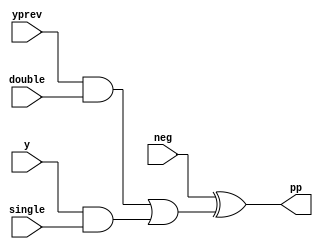
module product(output pp, input yprev, y, single, double, neg);//Area:5

wire [2:0] k;

and #0.1 and0(k[0],y,single);
and #0.1 and1(k[1],yprev,double);
or #0.1 or1(k[2],k[1],k[0]);

xor #0.2 xor1(pp, neg, k[2]);

endmodule